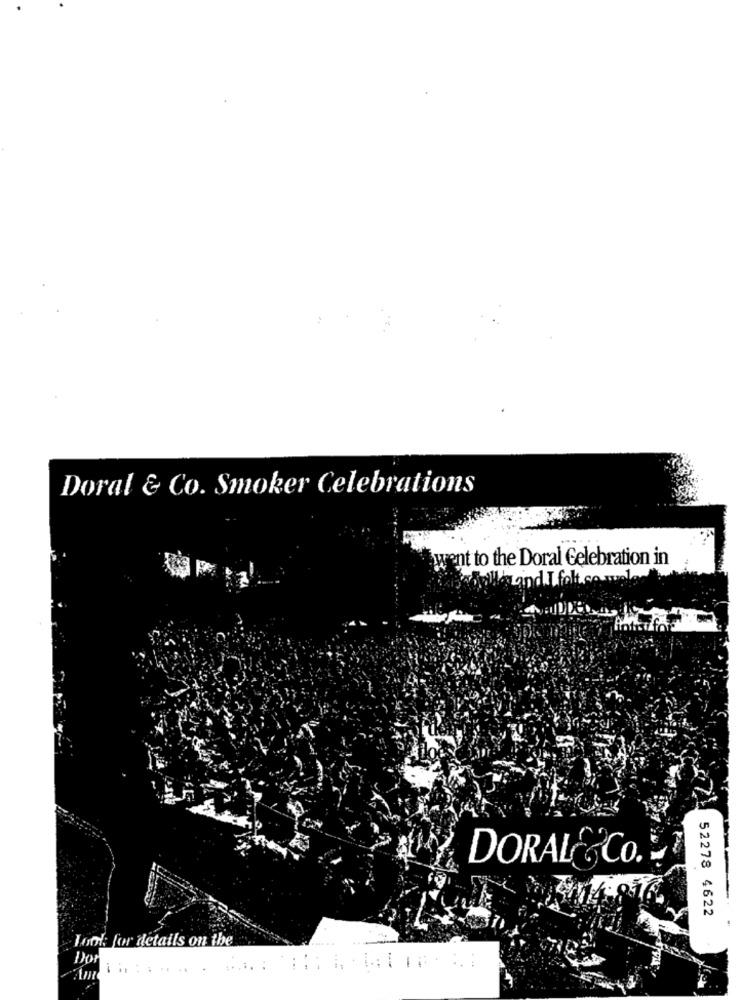
Doral & Co. Smoker Celebrations
went to the Doral Celebration in
and I felt so welow
DORALY&Co.
52278 4622
Look: for details on the
Dor